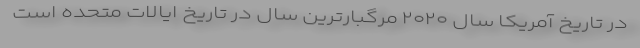
در تاریخ آمریکا سال ۲۰۲۰ مرگبارترین سال در تاریخ ایالات متحده است